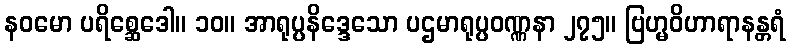
နဝမော ပရိစ္ဆေဒေါ။ ၁၀။ အာရုပ္ပနိဒ္ဒေသော ပဌမာရုပ္ပဝဏ္ဏနာ ၂၇၅။ ဗြဟ္မဝိဟာရာနန္တရံ